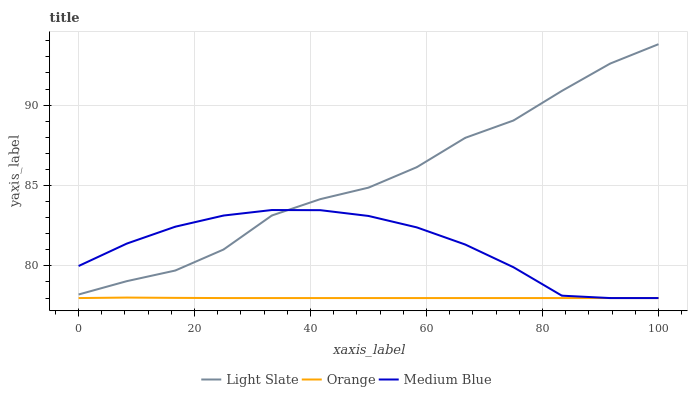
| xaxis_label | Light Slate | Orange | Medium Blue |
 | --- | --- | --- | --- |
 | 0 | 78.2 | 78 | 80 |
 | 8.33 | 79.1 | 78 | 81.4 |
 | 16.7 | 79.7 | 78 | 82.4 |
 | 25 | 81 | 78 | 83.1 |
 | 33.3 | 83.1 | 78 | 83.5 |
 | 41.7 | 84.2 | 78 | 83.5 |
 | 50 | 84.9 | 78 | 83.1 |
 | 58.3 | 86.1 | 78 | 82.4 |
 | 66.7 | 88 | 78 | 81.3 |
 | 75 | 89 | 78 | 79.9 |
 | 83.3 | 90.9 | 78 | 78.1 |
 | 91.7 | 92.6 | 78 | 78 |
 | 100 | 93.8 | 78 | 78 |